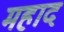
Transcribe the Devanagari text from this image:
महाद